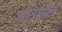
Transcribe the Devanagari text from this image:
ओउसेले